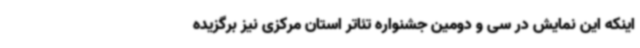
اینکه این نمایش در سی و دومین جشنواره تئاتر استان مرکزی نیز برگزیده